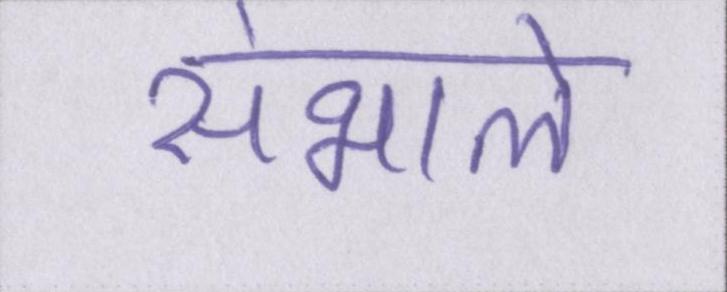
संभाले